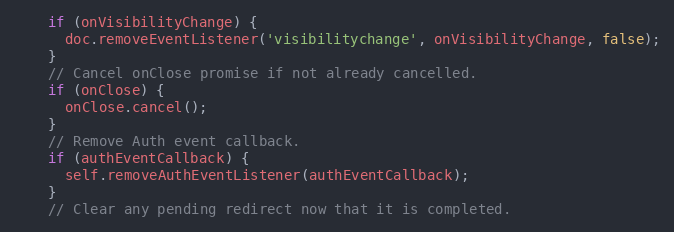
Language: JavaScript
    if (onVisibilityChange) {
      doc.removeEventListener('visibilitychange', onVisibilityChange, false);
    }
    // Cancel onClose promise if not already cancelled.
    if (onClose) {
      onClose.cancel();
    }
    // Remove Auth event callback.
    if (authEventCallback) {
      self.removeAuthEventListener(authEventCallback);
    }
    // Clear any pending redirect now that it is completed.